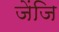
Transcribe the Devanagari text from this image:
जेंजि